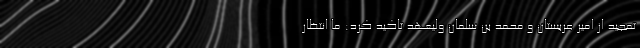
تمجید از امیر عربستان و محمد بن سلمان ولیعهد تاکید کرد: ما انتظار